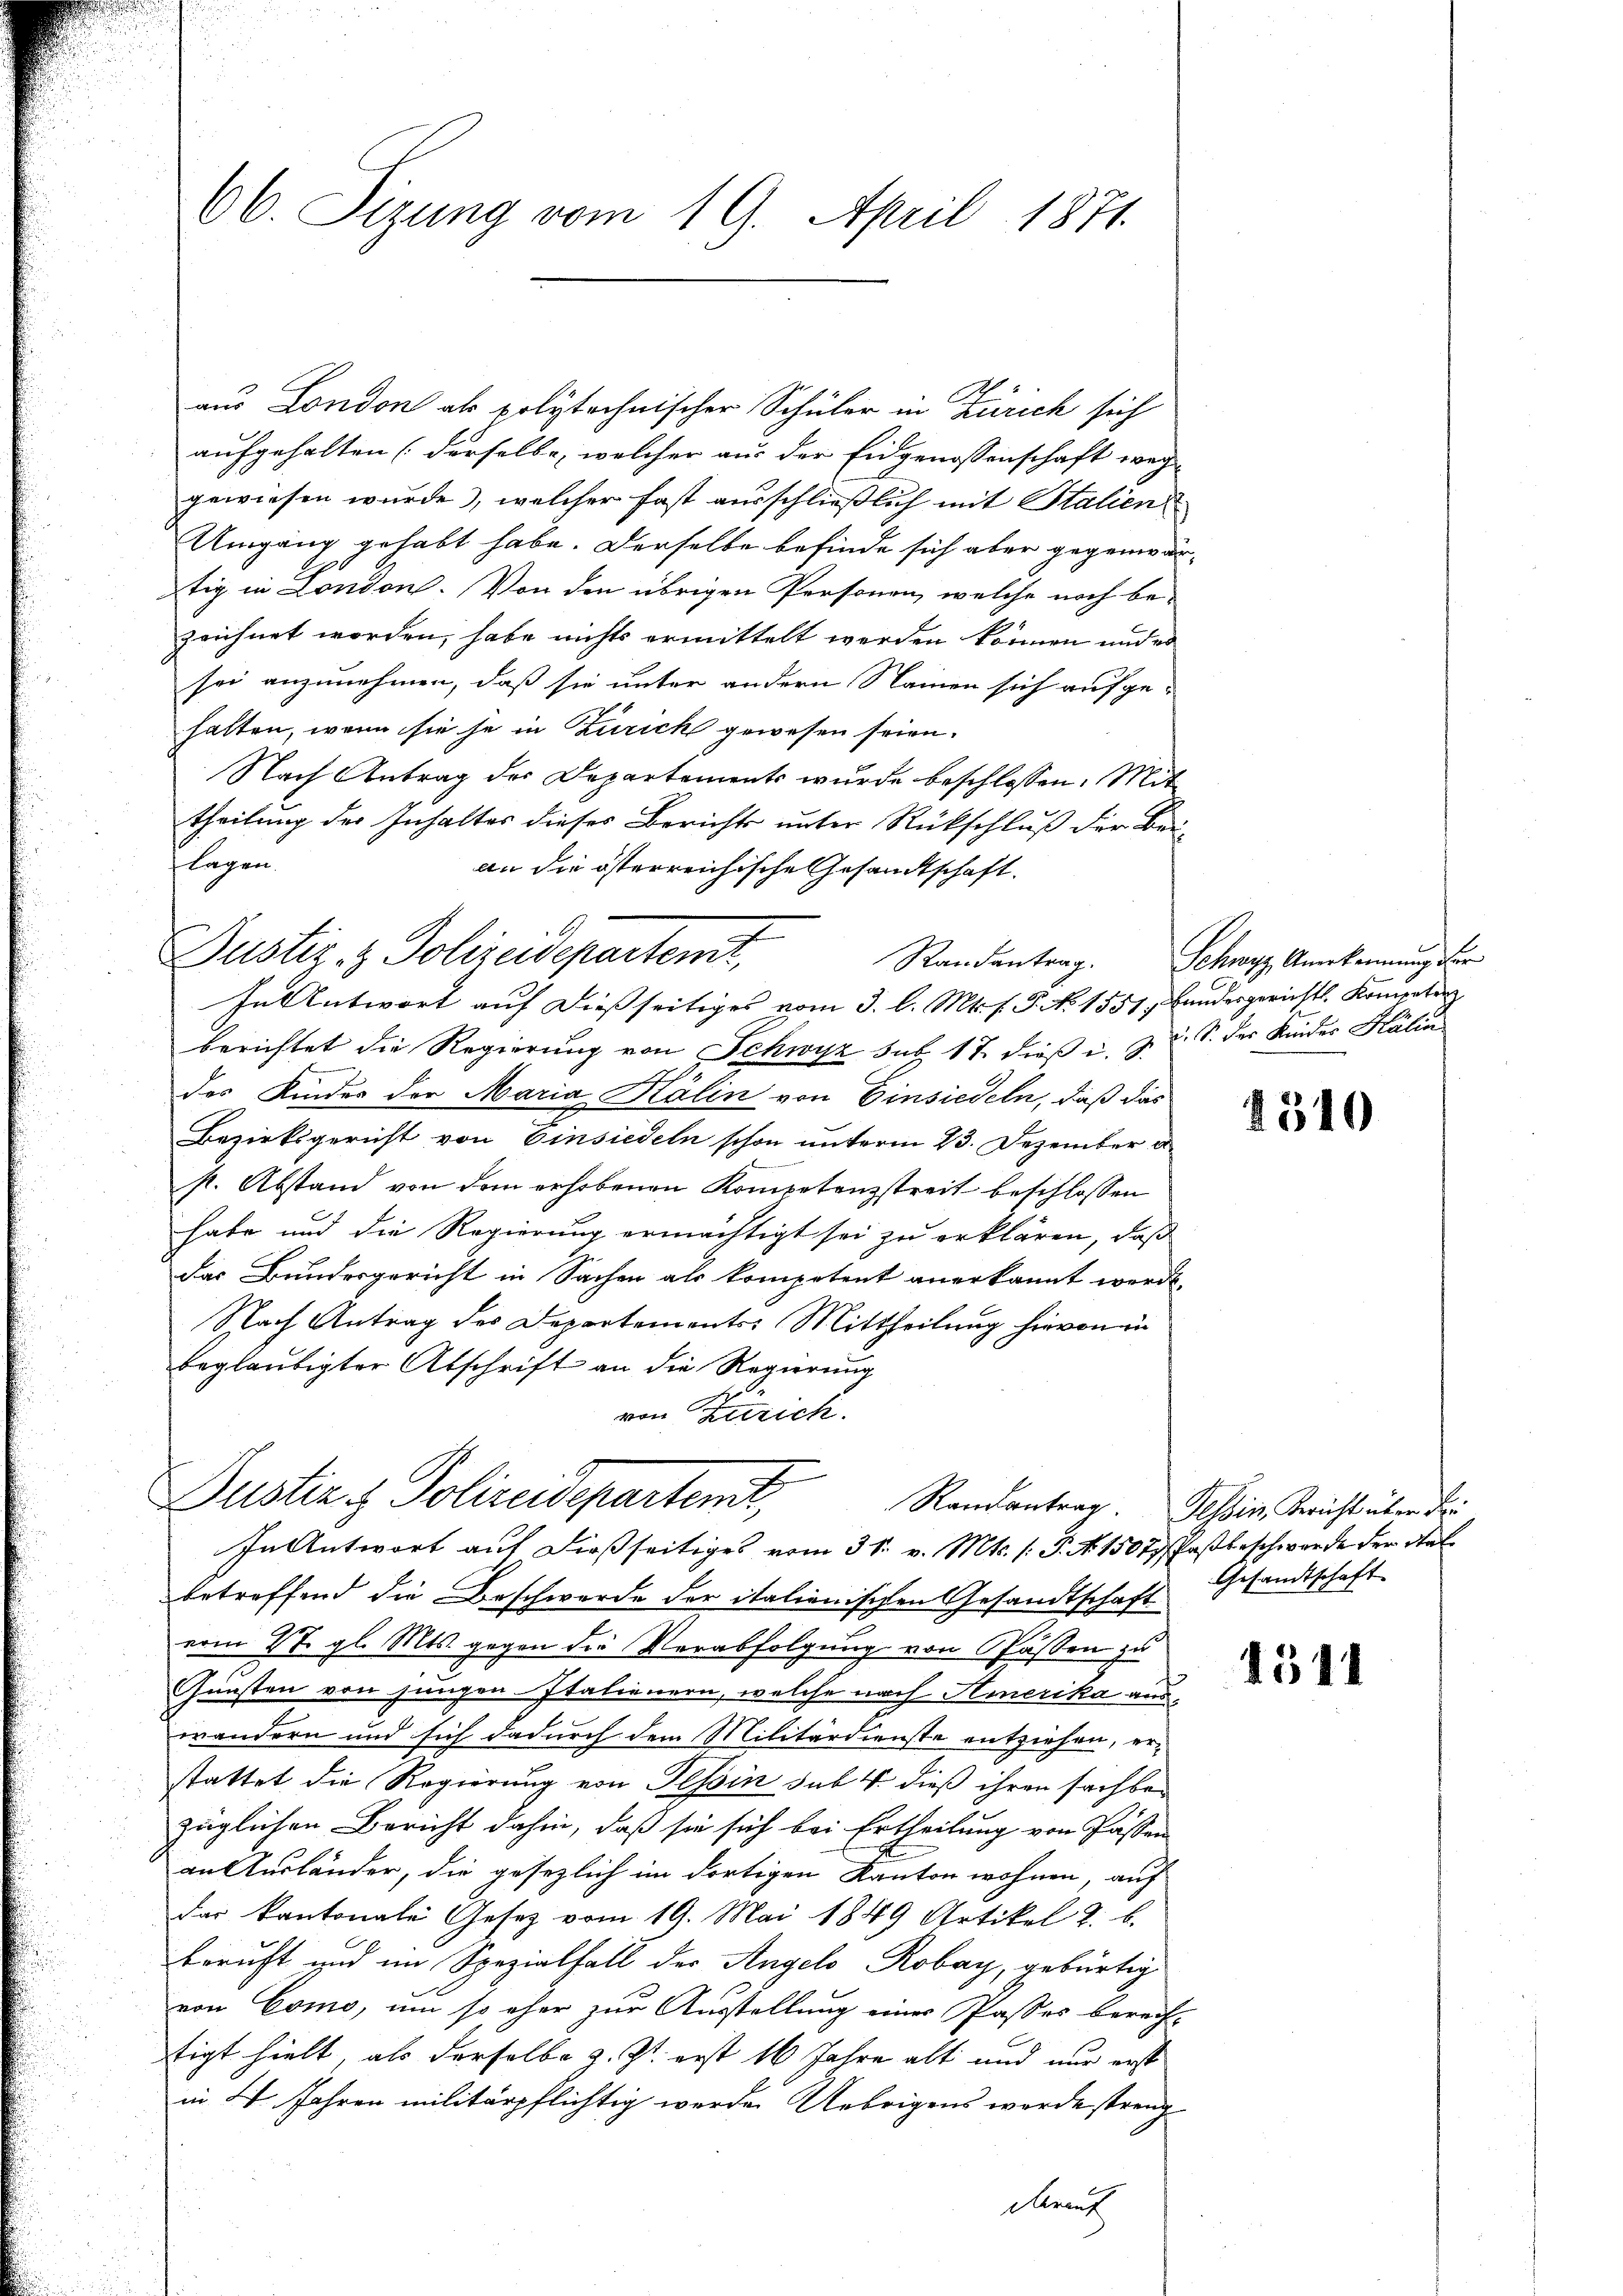
66. Sitzung vom 19. April 1871.

aus London als polytechnischer Schüler in Zürich sich
aufgehalten (derselbe, welcher aus der Eidgenossenschaft weg
gewiesen wurde, welcher fast ausschließlich mit Stalien
Umgang gehabt habe. Derselbe befinde sich aber gegenwärtig in London. Von den übrigen Personen, welche noch bezeichnet worden, habe nichts ermittelt werden können und es
sei anzunehmen, daß sie unter andern Namen sich aufge-
halten, wenn sie je in Zurick gewesen seien.
Nach Antrag des Departements wurde beschlossen: Mit
theilung des Inhalter dieses Berichts unter Rückschluß der Bei-
lagen.
an die österreichische Gesandtschaft.
Justiz- & Polizeidepartent,
Randentrag.
In Antwort auf dießseitiges vom 3. l. Mts. f. P. No 1551. Bandergerichts, Kompeten
berichtet die Regierung von Schwyz sub. 17. dieß u. z. d. S. der Kinder Kälin
des Kinder der Maria Kälin von Einsiedeln, daß das
Bezirksgericht von Einsiedeln schon unterm 23. Dezember e
st. Abstand von dem erhobenen Kompetenzstreit beschlossen
habe und die Regierung ermächtigt sei zu erklären, daß
das Bundergericht in Sachen als kompetent anerkannt werde.
Nach Antrag des Departements-Mittheilung hievon in
beglaubigter Abschrift an die Regierung
von Zürich.

Justiz & Polizeidepartent,

In Antwort auf dießseitiges vom 31. v. Mts. /: P. Nr. 1507 Paßbeschwerde der Stelbetreffend die Beschwerde der italienischen Gesandtschaft
vom 27. gl. Mts. gegen die Verabfolgung von Passen zu
Günsten von jungen Italienern, welche nach Hinerika auswändern und sich dadurch dem Militärdienste entziehen, erstattet die Regierung von Tessin sub. 4. dieß ihren sachbazüglichen Bericht dahin, daß sie sich bei Ertheilung von Passen
an Ausländer, die gesezlich im dortigen Kanton wohnen, auf
das Kantonale Gesetz vom 19. Mai 1849 Artikel 2. b.
beruft und im Spezialfall der Angelo Robay, gebürtig
von Como, um so eher zur Ausstellung einer Passes berech-
tigt hielt, als derselbe z. Zt. erst 16 Jahre alt und nur erst
in 2 Jahren militärpflichtig werden Uebrigens worde streng
Prinz

Schwyz, Anerkennung der

1310

Randantrag. Tessin, Bericht über dri
Gesandtschaft

1544